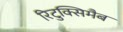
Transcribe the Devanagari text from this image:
रिटुक्सिमैब